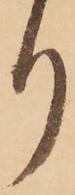
り